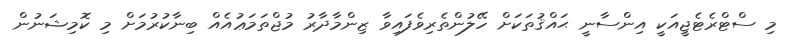
މި ސްޓްރެޓެޖީއަކީ އިންސާނީ ޙައްޤުތަކަށް ހޭލުންތެރިވެފައިވާ ޒިންމާދާރު މުޖްތަމަޢުއެއް ބިނާކުރުމަށް މި ކޮމިޝަނުން